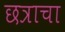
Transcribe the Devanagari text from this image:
छत्राचा